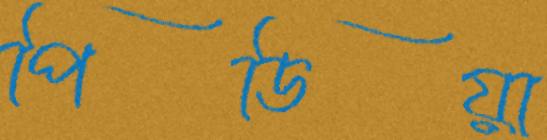
পিডিয়া